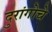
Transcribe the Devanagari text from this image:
दुरांगोचे